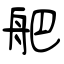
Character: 舥